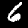
Label: 6